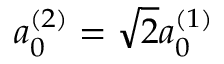
a _ { 0 } ^ { ( 2 ) } = \sqrt { 2 } a _ { 0 } ^ { ( 1 ) }